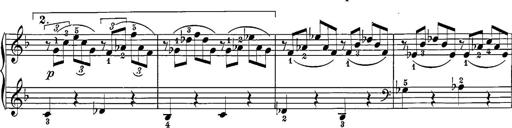
Title: 12 Sonatine per Pianoforte
Composer: Friedrich Kuhlau